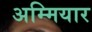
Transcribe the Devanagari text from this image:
अम्मियार